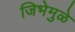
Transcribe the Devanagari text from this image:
जिभेमुळे